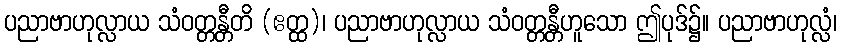
ပညာဗာဟုလ္လာယ သံဝတ္တန္တီတိ (ဧတ္ထ)၊ ပညာဗာဟုလ္လာယ သံဝတ္တန္တီဟူသော ဤပုဒ်၌။ ပညာဗာဟုလ္လံ၊